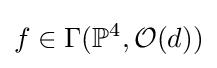
f\in \Gamma (\mathbb {P} ^{4},{\mathcal {O}}(d))